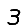
Digit: 3